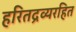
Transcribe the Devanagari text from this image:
हरितद्रव्यरहित